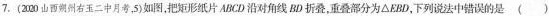
7.(200山西朔州右玉二中月考，5)如图，把矩形纸片ABCD沿对角线BD折叠，重叠部分为△EBD，下列说法中错误的是 ()